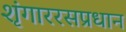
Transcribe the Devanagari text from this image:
शृंगाररसप्रधान